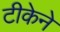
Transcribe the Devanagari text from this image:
टीकेने